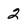
Character: 2